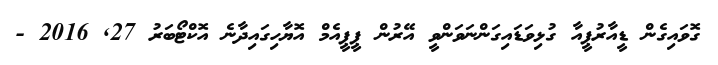
ގޮވައިގެން ޑީއާރުޕީއާ ގުޅިވަޑައިގަންނަވަންވީ އޭރުން ޕީޕީއެމް އޮޔާހިގައިދާނެ އޮކްޓޯބަރު 27